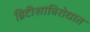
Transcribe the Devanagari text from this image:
ब्रिटीशांविरोधात